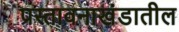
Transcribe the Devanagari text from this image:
प्रस्तावनाखंडातील